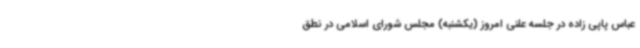
عباس پاپی زاده در جلسه علنی امروز (یکشنبه) مجلس شورای اسلامی در نطق